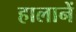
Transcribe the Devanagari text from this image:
हालानें